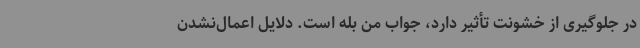
در جلوگیری از خشونت تأثیر دارد، جواب من بله است. دلایل اعمال‌نشدن